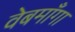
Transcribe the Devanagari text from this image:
वेबमाँगा